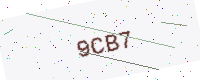
Text: 9CB7